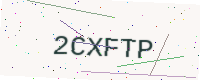
Text: 2CXFTP